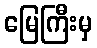
မြေကြီးမှ